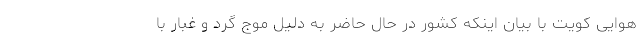
هوایی کویت با بیان اینکه کشور در حال حاضر به دلیل موج گرد و غبار با